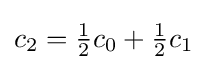
{\textstyle c_{2}={1 \over 2}c_{0}+{1 \over 2}c_{1}}